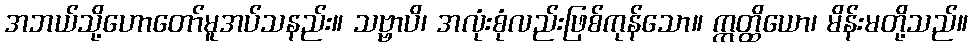
အဘယ်သို့ဟောတော်မူအပ်သနည်း။ သဗ္ဗာပိ၊ အလုံးစုံလည်းဖြစ်ကုန်သော။ ဣတ္ထိယော၊ မိန်းမတို့သည်။